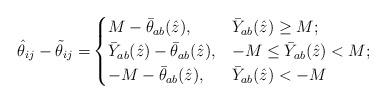
LaTeX: \begin{align*}\hat{\theta}_{ij}-\tilde{\theta}_{ij}=& \begin{cases} M-\bar{\theta}_{ab}(\hat{z}), & \bar{Y}_{ab}(\hat{z}) \geq M; \\ \bar{Y}_{ab}(\hat{z})-\bar{\theta}_{ab}(\hat{z}), & -M \le \bar{Y}_{ab}(\hat{z}) < M; \\ -M-\bar{\theta}_{ab}(\hat{z}), & \bar{Y}_{ab}(\hat{z}) < -M \end{cases}\end{align*}